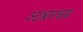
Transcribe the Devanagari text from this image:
आश्रमभ्रम्र